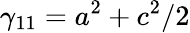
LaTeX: \gamma_{11}=a^{2}+c^{2}/2